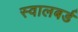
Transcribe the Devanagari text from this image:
स्वालबर्ड